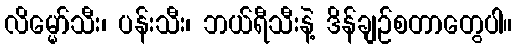
လိမ္မော်သီး၊ ပန်းသီး၊ ဘယ်ရီသီးနဲ့ ဒိန်ချဉ်စတာတွေပါ။